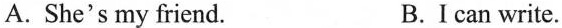
A. She's my friend. B.I can write.